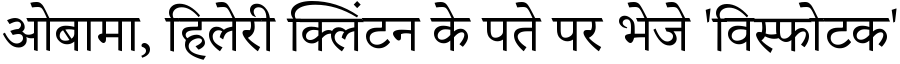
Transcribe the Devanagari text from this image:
ओबामा, हिलेरी क्लिंटन के पते पर भेजे 'विस्फोटक'